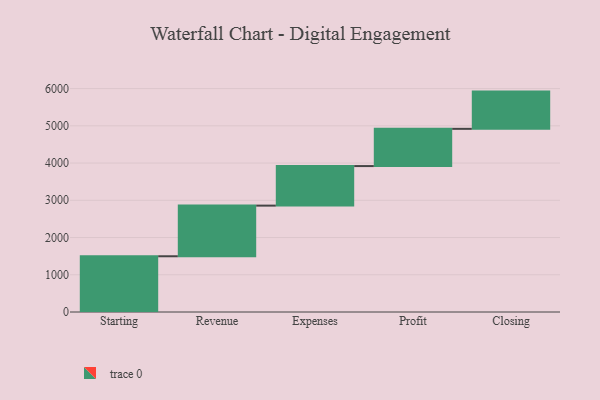
{"axis": {"x": "Step", "y": "Value"}, "legend": [""], "data": [{"x": "Starting", "y": 1497.0, "type": ""}, {"x": "Revenue", "y": 1360.0, "type": ""}, {"x": "Expenses", "y": 1062.0, "type": ""}, {"x": "Profit", "y": 1000, "type": ""}, {"x": "Closing", "y": 1000, "type": ""}]}